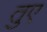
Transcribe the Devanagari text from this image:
तुए